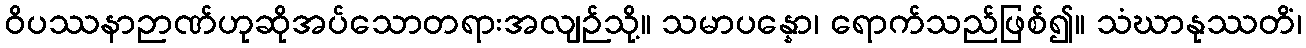
ဝိပဿနာဉာဏ်ဟုဆိုအပ်သောတရားအလျဉ်သို့။ သမာပန္နော၊ ရောက်သည်ဖြစ်၍။ သံဃာနုဿတိံ၊